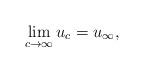
LaTeX: \begin{align*}\lim_{c \to \infty} u_{c} = u_{\infty},\end{align*}